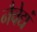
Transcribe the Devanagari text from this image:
नैवेद्यं